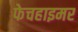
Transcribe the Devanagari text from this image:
फेचहाइमर